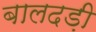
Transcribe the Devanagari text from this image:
बालदड़ी